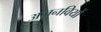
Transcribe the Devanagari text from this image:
अजनवियों